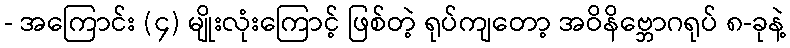
- အကြောင်း (၄) မျိုးလုံးကြောင့် ဖြစ်တဲ့ ရုပ်ကျတော့ အဝိနိဗ္ဘောဂရုပ် ၈-ခုနဲ့